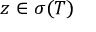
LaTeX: z \in \sigma ( T )